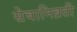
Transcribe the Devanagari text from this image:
सेवानिव्रती